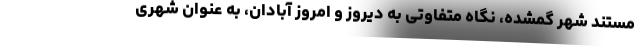
مستند شهر گمشده، نگاه متفاوتی به دیروز و امروز آبادان، به عنوان شهری